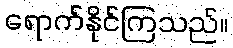
ရောက်နိုင်ကြသည်။